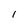
Character: 1